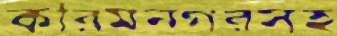
করিমনগরসহ